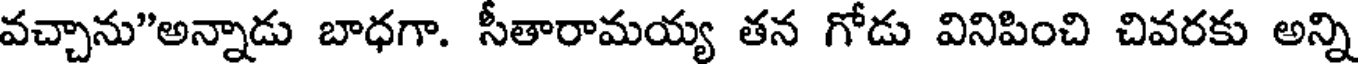
వచ్చాను"అన్నాడు బాధగా. సీతారామయ్య తన గోడు వినిపించి చివరకు అన్ని